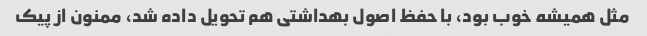
مثل همیشه خوب بود، با حفظ اصول بهداشتی هم تحویل داده شد، ممنون از پیک